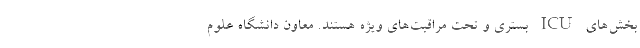
بخش‌های ICU بستری و تحت مراقبت‌های ویژه هستند. معاون دانشگاه علوم